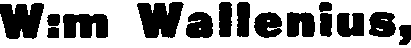
W:m Wallenius,